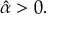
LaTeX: { \hat { \alpha } } > 0 .